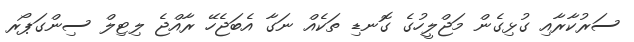
ސަރުކާރާއި ގުޅިގެން މަޖްލީހުގެ ގޮނޑި ތަކެއް ނަގާ އެބަޖެހޭ ރާއްޖެ ލިޓިލް ސިންގަޕޯރ